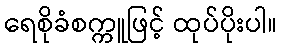
ရေစိုခံစက္ကူဖြင့် ထုပ်ပိုးပါ။